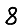
Digit: 8